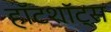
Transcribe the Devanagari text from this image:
हॉटशॉट्स